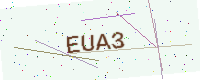
Text: EUA3